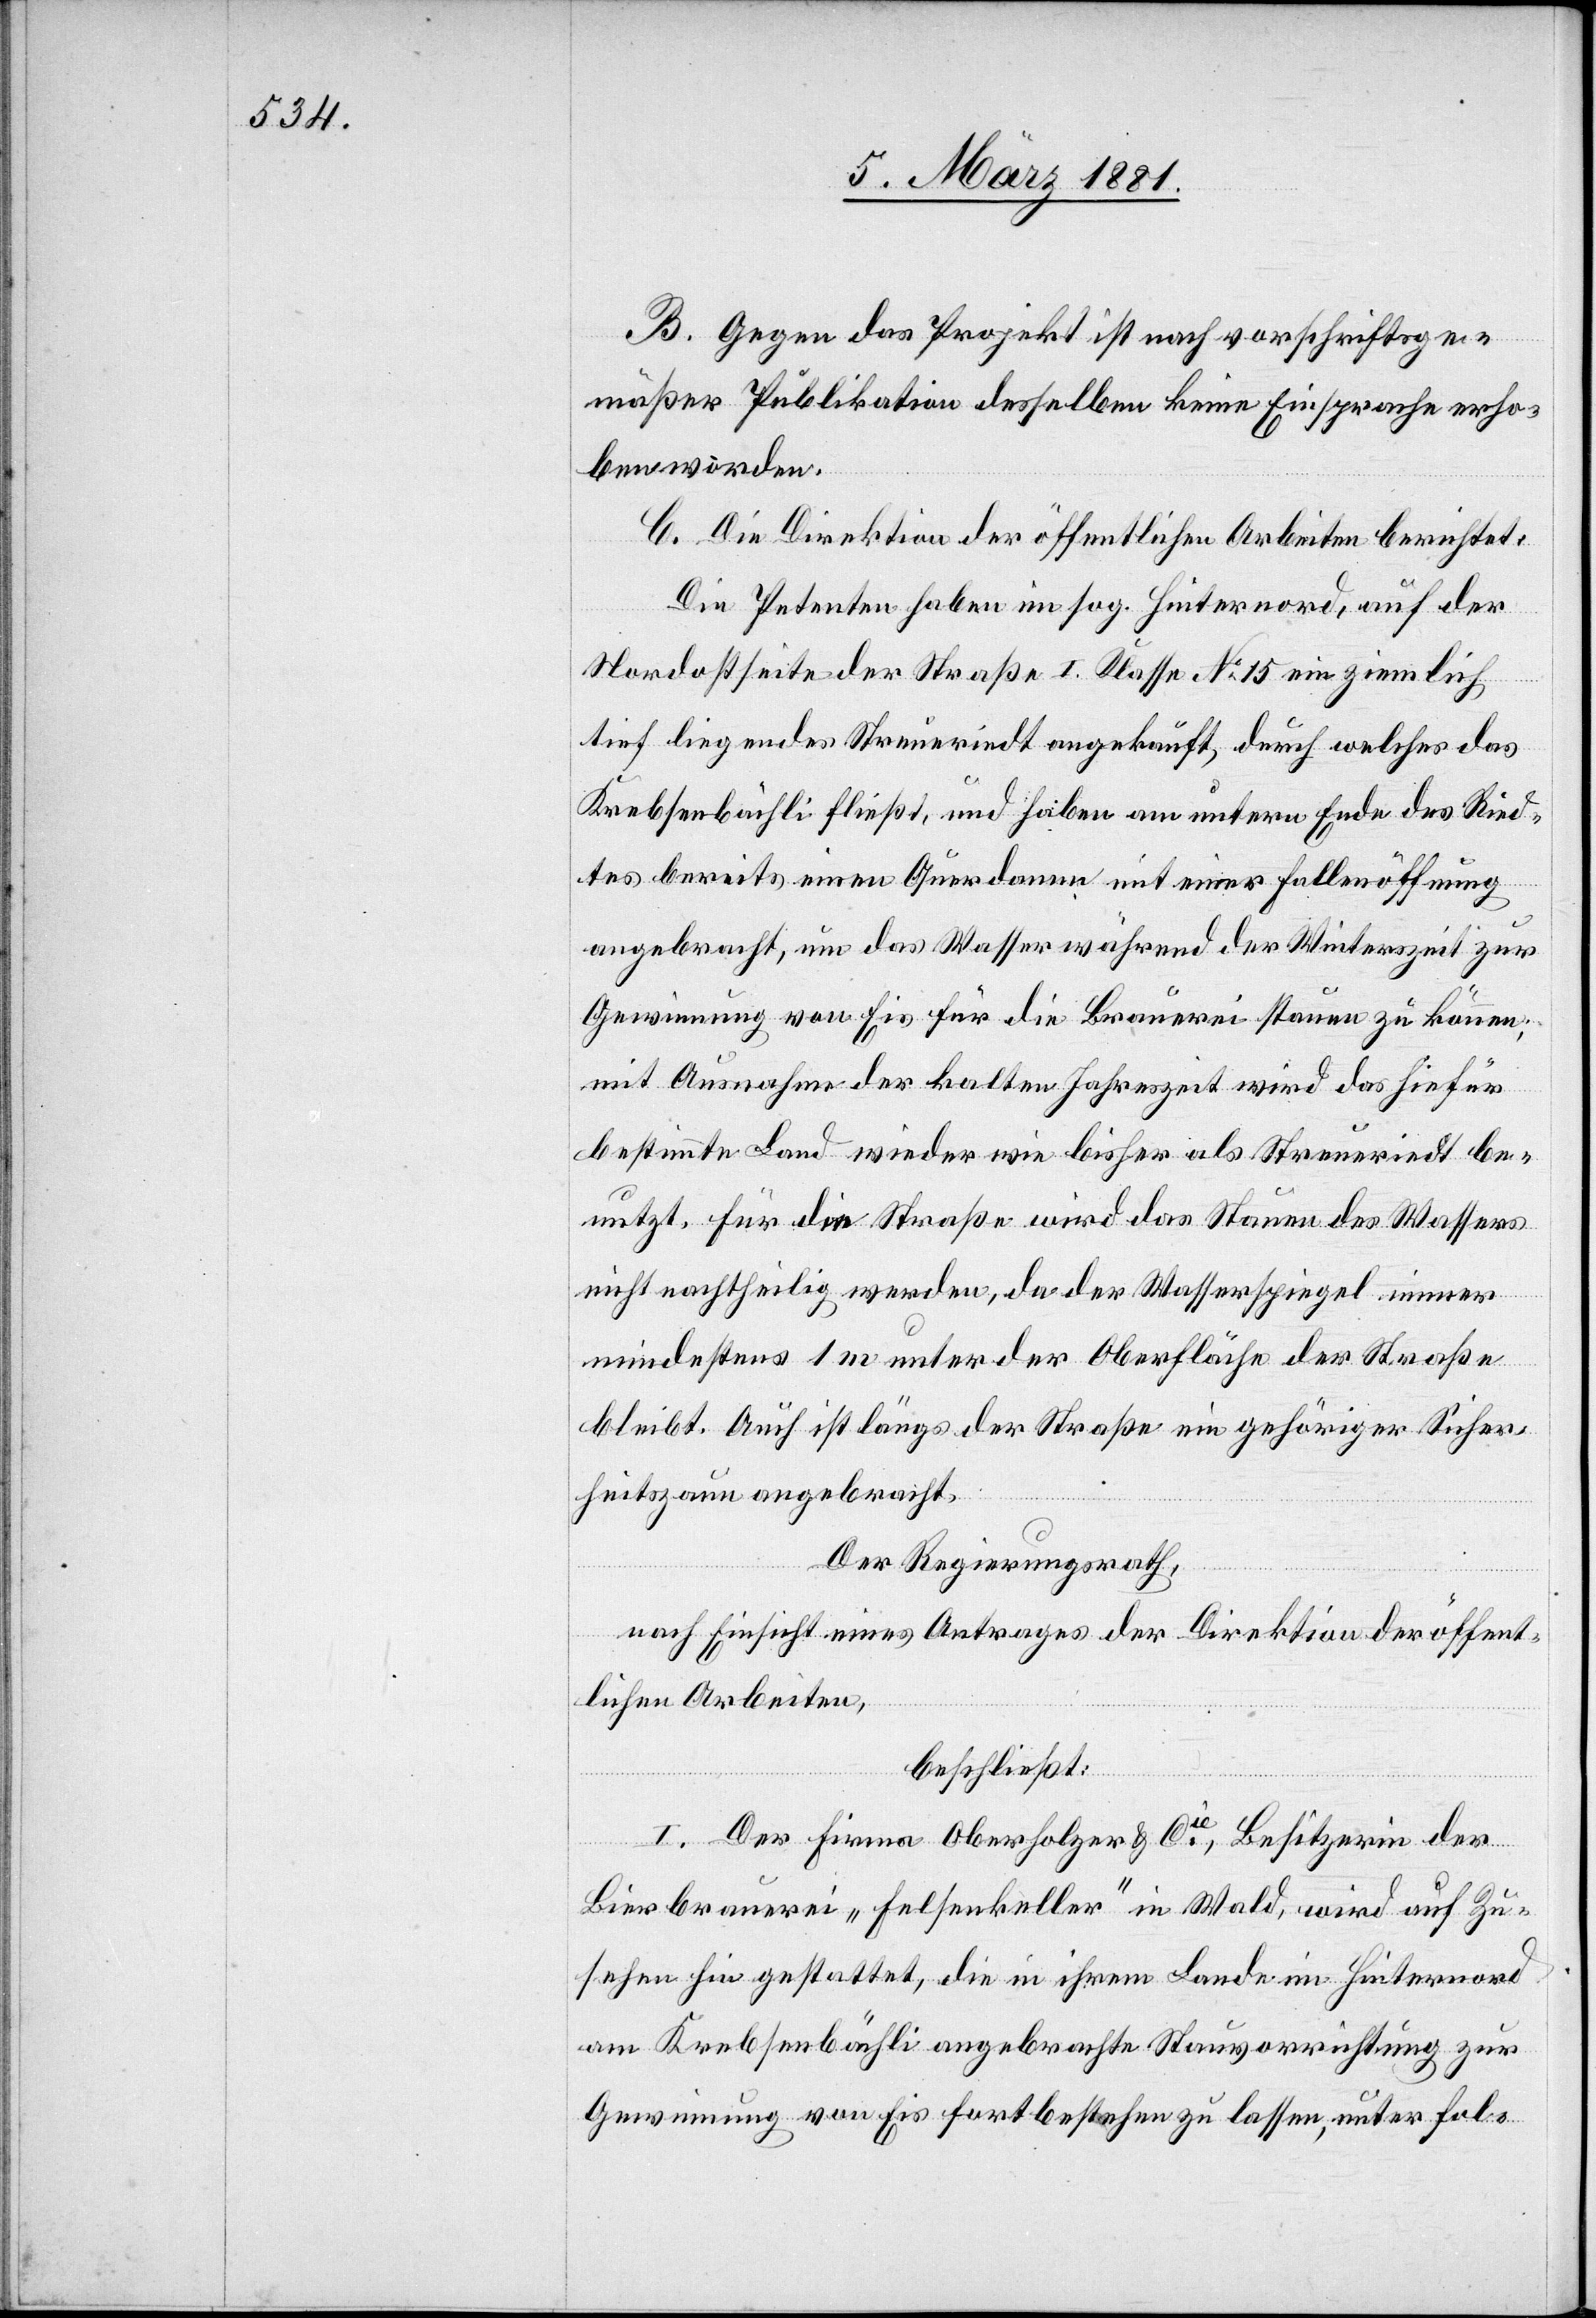
B. Gegen das Projekt ist nach vorschriftsge¬
mäßer Publikation desselben keine Einsprache erho¬
ben worden.
C. Die Direktion der öffentlichen Arbeiten berichtet:
Die Petenten haben im sog. Hinternord, auf der
Nordostseite der Straße I. Klasse No 15 ein ziemlich
tief liegendes Streueriedt angekauft, durch welches das
Krebsenbächli fließt, und haben am untern Ende des Ried¬
tes bereits einen Querdamm mit einer Fallenöffnung
angebracht, um das Wasser während der Winterszeit zur
Gewinnung von Eis für die Brauerei stauen zu können;
mit Ausnahme der kalten Jahreszeit wird das hiefür
bestimmte Land wieder wie bisher als Streueriedt be¬
nutzt. Für die Straße wird das Stauen des Wassers
nicht nachtheilig werden, da der Wasserspiegel immer
mindestens 1 m unter der Oberfläche der Straße
bleibt. Auch ist längs der Straße ein gehöriger Sicher¬
heitszaun angebracht.
Der Regierungsrath,
nach Einsicht eines Antrages der Direktion der öffent¬
lichen Arbeiten,
beschließt:
I. Der Firma Oberholzer & Cie, Besitzer der
Bierbrauerei „Felsenkeller“ in Wald, wird auf Zu¬
sehen hin gestattet, die in ihrem Lande im Hinternord
am Krebsenbächli angebrachte Stauvorrichtung zur
Gewinnung von Eis fortbestehen zu lassen unter fol-